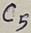
Text: C5